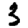
Digit: 3